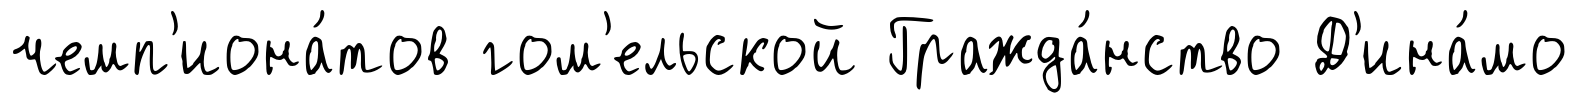
чемп'иона́тов гом'ельской Гражда́нство Д'ина́мо